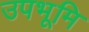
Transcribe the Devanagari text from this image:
उपभूमि